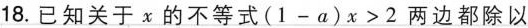
18.已知关于x的不等式$$( 1 - a ) x > 2$$两边都除以